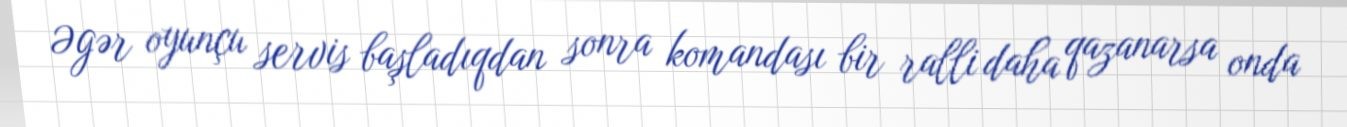
Əgər oyunçu servis başladıqdan sonra komandası bir ralli daha qazanarsa onda